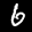
Label: 6